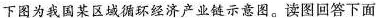
下图为我国某区域循环经济产业链示意图。读图回答下面